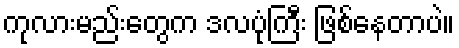
ကုလားမည်းတွေက ဒလပုံကြီး ဖြစ်နေတာပဲ။